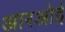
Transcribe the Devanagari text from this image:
आरओई